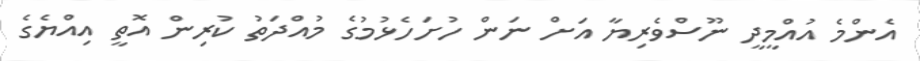
އެންމެ އުއްމީދީ ނޫސްވެރިޔާ އަށް ނަން ހުށަހެޅުމުގެ މުއްދަތު ކުރިން އޮތީ އިއްޔެގެ